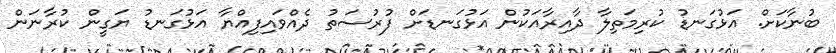
ބުނާކަށް. އަޅުގަނޑު ކުރިމަތިލާ ދާއިރާއަކުން އަޅުގަނޑަށް ފުރުސަތު ދެއްވައިފިއްޔާ އަޅުގަނޑު ޔަގީން ކުރާނަން